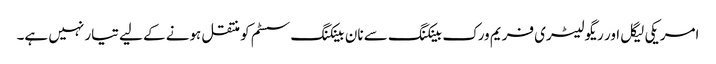
امریکی لیگل اور ریگولیٹری فریم ورک بینکنگ سے نان بینکنگ سسٹم کو منتقل ہونے کے لیے تیار نہیں ہے۔